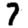
Digit: 7